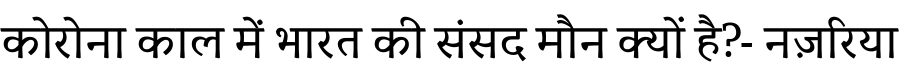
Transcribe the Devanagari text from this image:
कोरोना काल में भारत की संसद मौन क्यों है?- नज़रिया